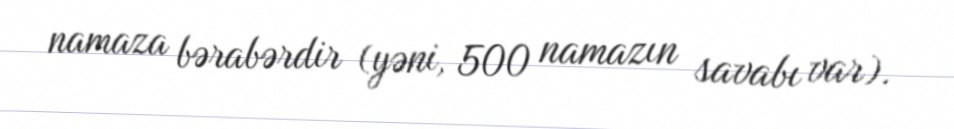
namaza bərabərdir (yəni, 500 namazın savabı var).